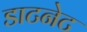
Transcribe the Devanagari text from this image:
डाटनेट